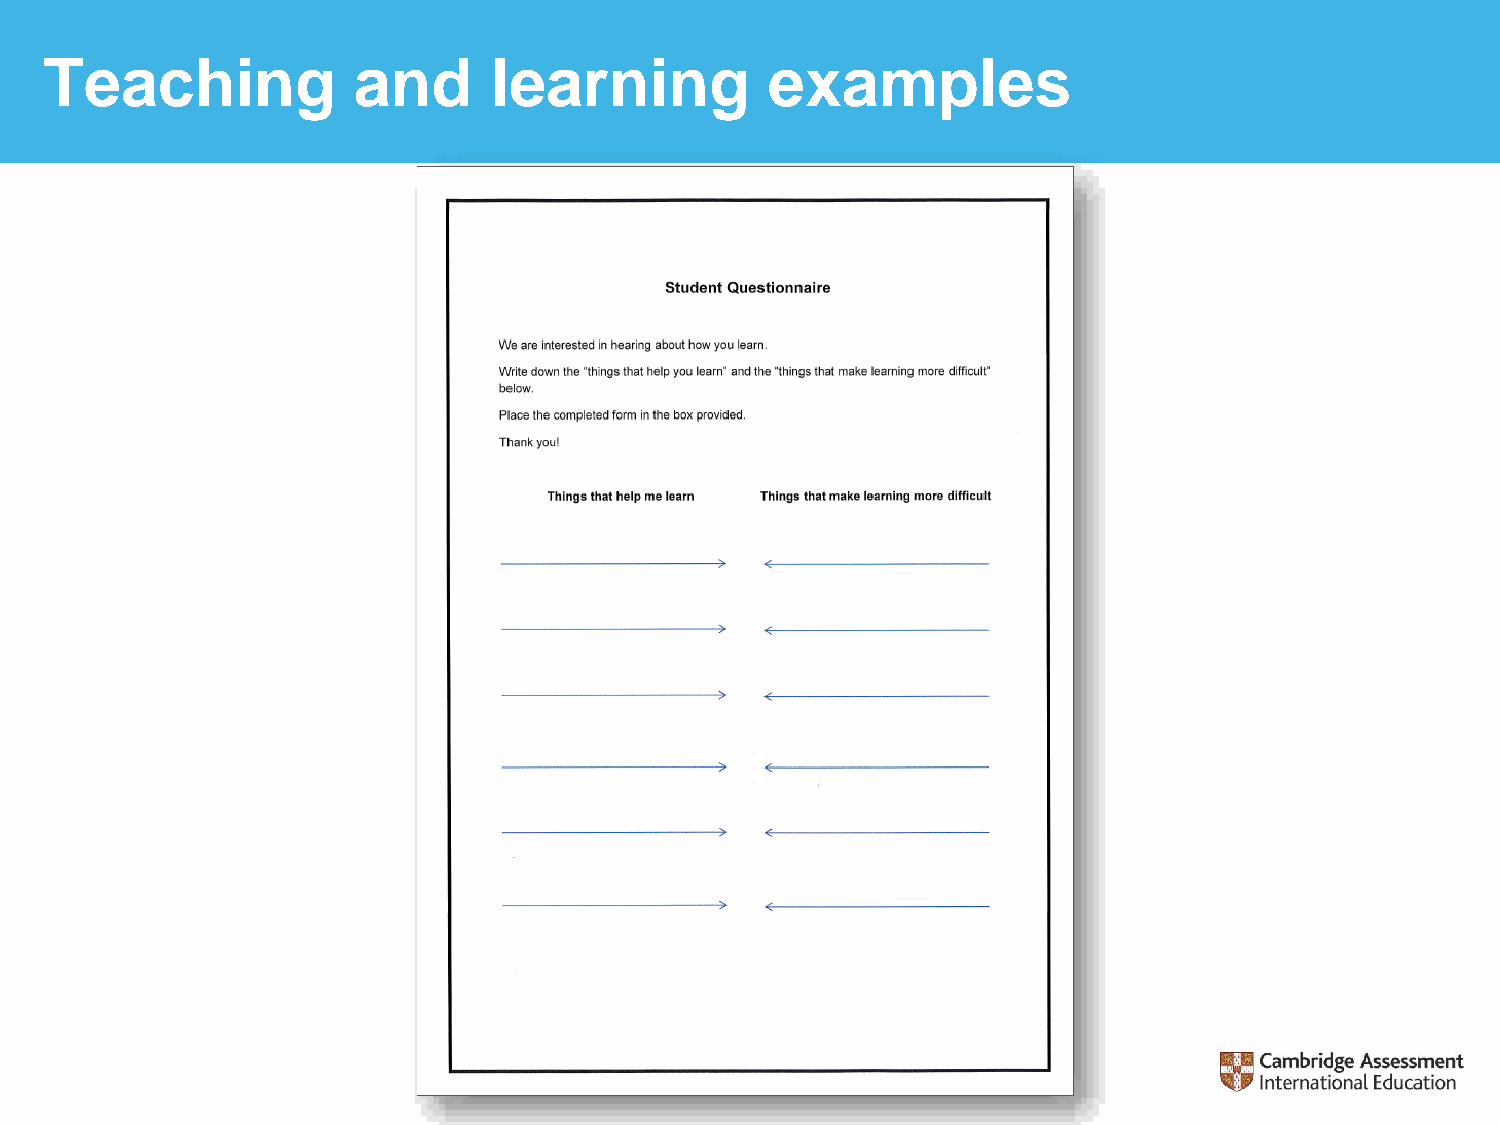
Teaching            and      learning           examples